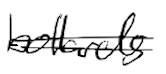
Text: bollards
Cross-out: double-line
Writing tool: digital_black